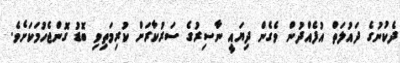
ދެކުނުގެ ދައުލަތް އުފެއްދުން ވެގެން ދިޔައީ ނާސިރުގެ ސަރުކާރަށް ކުރިމަތިވި ބޮޑު ގޮންޖެހުމަކަށެވެ.